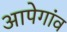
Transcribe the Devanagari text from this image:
आपेगांव